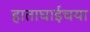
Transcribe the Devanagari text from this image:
हाताघाईचया